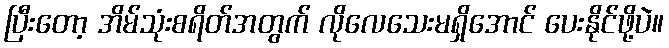
ပြီးတော့ အိမ်သုံးစရိတ်အတွက် လိုလေသေးမရှိအောင် ပေးနိုင်ဖို့ပဲ။